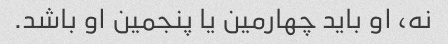
نه، او باید چهارمین یا پنجمین او باشد.